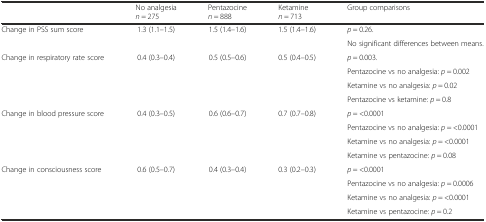
<table><thead><tr><td></td><td><b>No analgesia <i>n</i> = 275</b></td><td><b>Pentazocine <i>n</i> = 888</b></td><td><b>Ketamine <i>n</i> = 713</b></td><td><b>Group comparisons</b></td></tr></thead><tbody><tr><td rowspan="2">Change in PSS sum score</td><td rowspan="2">1.3 (1.1–1.5)</td><td rowspan="2">1.5 (1.4–1.6)</td><td rowspan="2">1.5 (1.4–1.6)</td><td><i>p</i> = 0.26.</td></tr><tr><td>No significant differences between means.</td></tr><tr><td rowspan="4">Change in respiratory rate score</td><td rowspan="4">0.4 (0.3–0.4)</td><td rowspan="4">0.5 (0.5–0.6)</td><td rowspan="4">0.5 (0.4–0.5)</td><td><i>p</i> = 0.003.</td></tr><tr><td>Pentazocine vs no analgesia: <i>p</i> = 0.002</td></tr><tr><td>Ketamine vs no analgesia: <i>p</i> = 0.02</td></tr><tr><td>Pentazocine vs ketamine: <i>p</i> = 0.8</td></tr><tr><td rowspan="4">Change in blood pressure score</td><td rowspan="4">0.4 (0.3–0.5)</td><td rowspan="4">0.6 (0.6–0.7)</td><td rowspan="4">0.7 (0.7–0.8)</td><td><i>p</i> = &lt;0.0001</td></tr><tr><td>Pentazocine vs no analgesia: <i>p</i> = &lt;0.0001</td></tr><tr><td>Ketamine vs no analgesia: <i>p</i> = &lt;0.0001</td></tr><tr><td>Ketamine vs pentazocine: <i>p</i> = 0.08</td></tr><tr><td rowspan="4">Change in consciousness score</td><td rowspan="4">0.6 (0.5–0.7)</td><td rowspan="4">0.4 (0.3–0.4)</td><td rowspan="4">0.3 (0.2–0.3)</td><td><i>p</i> = &lt;0.0001</td></tr><tr><td>Pentazocine vs no analgesia: <i>p</i> = 0.0006</td></tr><tr><td>Ketamine vs no analgesia: <i>p</i> = &lt;0.0001</td></tr><tr><td>Ketamine vs pentazocine: <i>p</i> = 0.2</td></tr></tbody></table>